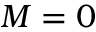
M = 0